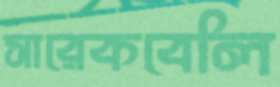
সারেকবেলি